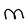
Character: M